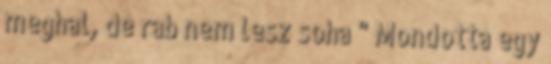
meghal, de rab nem lesz soha " Mondotta egy